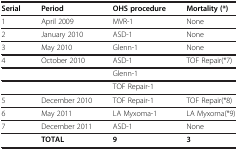
<table><thead><tr><td><b>Serial</b></td><td><b>Period</b></td><td><b>OHS procedure</b></td><td><b>Mortality (*)</b></td></tr></thead><tbody><tr><td>1</td><td>April 2009</td><td>MVR-1</td><td>None</td></tr><tr><td>2</td><td>January 2010</td><td>ASD-1</td><td>None</td></tr><tr><td>3</td><td>May 2010</td><td>Glenn-1</td><td>None</td></tr><tr><td>4</td><td>October 2010</td><td>ASD-1</td><td>TOF Repair(*7)</td></tr><tr><td> </td><td> </td><td>Glenn-1</td><td> </td></tr><tr><td> </td><td> </td><td>TOF Repair-1</td><td> </td></tr><tr><td>5</td><td>December 2010</td><td>TOF Repair-1</td><td>TOF Repair(*8)</td></tr><tr><td>6</td><td>May 2011</td><td>LA Myxoma-1</td><td>LA Myxoma(*9)</td></tr><tr><td>7</td><td>December 2011</td><td>ASD-1</td><td>None</td></tr><tr><td> </td><td><b>TOTAL</b></td><td><b>9</b></td><td><b>3</b></td></tr></tbody></table>